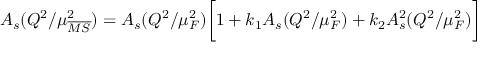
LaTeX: A _ { s } ( Q ^ { 2 } / \mu _ { \overline { { { M S } } } } ^ { 2 } ) = A _ { s } ( Q ^ { 2 } / \mu _ { F } ^ { 2 } ) \bigg [ 1 + k _ { 1 } A _ { s } ( Q ^ { 2 } / \mu _ { F } ^ { 2 } ) + k _ { 2 } A _ { s } ^ { 2 } ( Q ^ { 2 } / \mu _ { F } ^ { 2 } ) \bigg ]